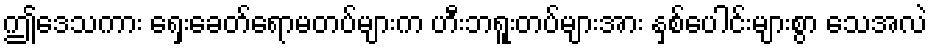
ဤဒေသကား ရှေးခေတ်ရောမတပ်များက ဟီးဘရူးတပ်များအား နှစ်ပေါင်းများစွာ သေအလဲ